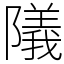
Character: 䧧